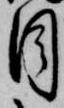
目